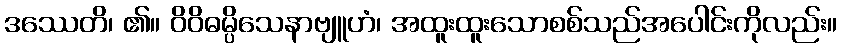
ဒဿေတိ၊ ၏။ ဝိဝိဓမ္ပိသေနာဗျူဟံ၊ အထူးထူးသောစစ်သည်အပေါင်းကိုလည်း။